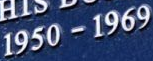
1950 - 1960